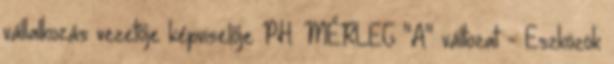
vállalkozás vezetője képviselője PH. MÉRLEG "A" változat - Eszközök